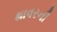
થાવરની